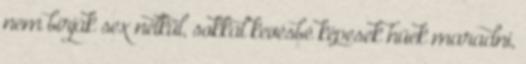
nem bírják sex nélkűl, sokkal kevésbé képesek hűek maradni,